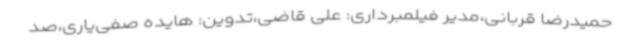
حمیدرضا قربانی،مدیر فیلمبرداری: علی قاضی،تدوین: هایده صفی‌یاری،صد